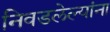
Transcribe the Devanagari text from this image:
निवडलेल्यांना